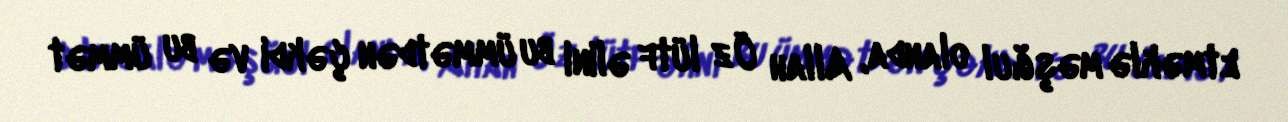
etməklə məşğul olanda, Allah Öz lütf əlini bu ümmətdən çəkdi və bu ümmət